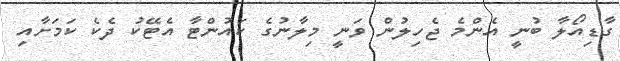
ގާޑިއޯލާ ބުނީ އެންމެ ޖެހިލުން ވަނީ މިލާނުގެ ކައުންޓާ އެޓޭކު ދެކެ ކަމަށާއި